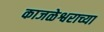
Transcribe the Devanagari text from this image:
काजळेश्वराच्या